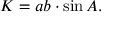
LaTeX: K = a b \cdot \sin { A } .